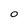
Character: O